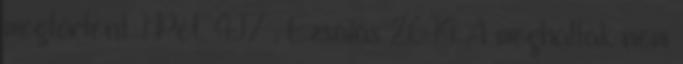
megtörtént 1Pét. 4:17 . Ézsaiás 26:14 A meghaltak nem